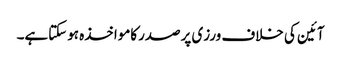
آئین کی خلاف ورزی پرصدرکامواخذہ ہوسکتاہے۔